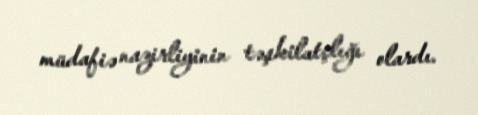
müdafiə nazirliyinin təşkilatçlığı olardı.